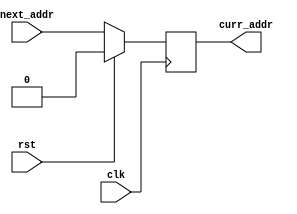
`define REGISTER_WIDTH 32
`define PC_INIT_VAL 32'b0
module pc_block(
    input rst,
    input clk  ,
	 input next_addr ,
	 output reg curr_addr 
    );
initial
  curr_addr = `PC_INIT_VAL ;
always @(posedge clk) begin
 if(rst)
     curr_addr = `PC_INIT_VAL ;
	else 
     curr_addr = next_addr ;
  end	  
endmodule